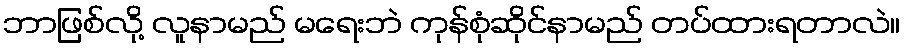
ဘာဖြစ်လို့ လူနာမည် မရေးဘဲ ကုန်စုံဆိုင်နာမည် တပ်ထားရတာလဲ။